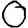
Digit: 0